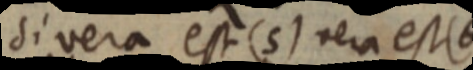
si vera est (5) vera est (6)